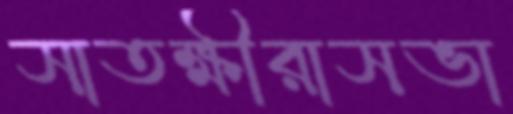
সাতক্ষীরাসভা